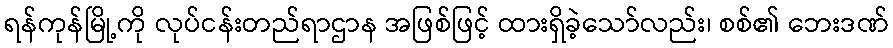
ရန်ကုန်မြို့ကို လုပ်ငန်းတည်ရာဌာန အဖြစ်ဖြင့် ထားရှိခဲ့သော်လည်း၊ စစ်၏ ဘေးဒဏ်